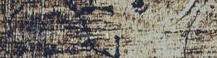
دخول الموظفين